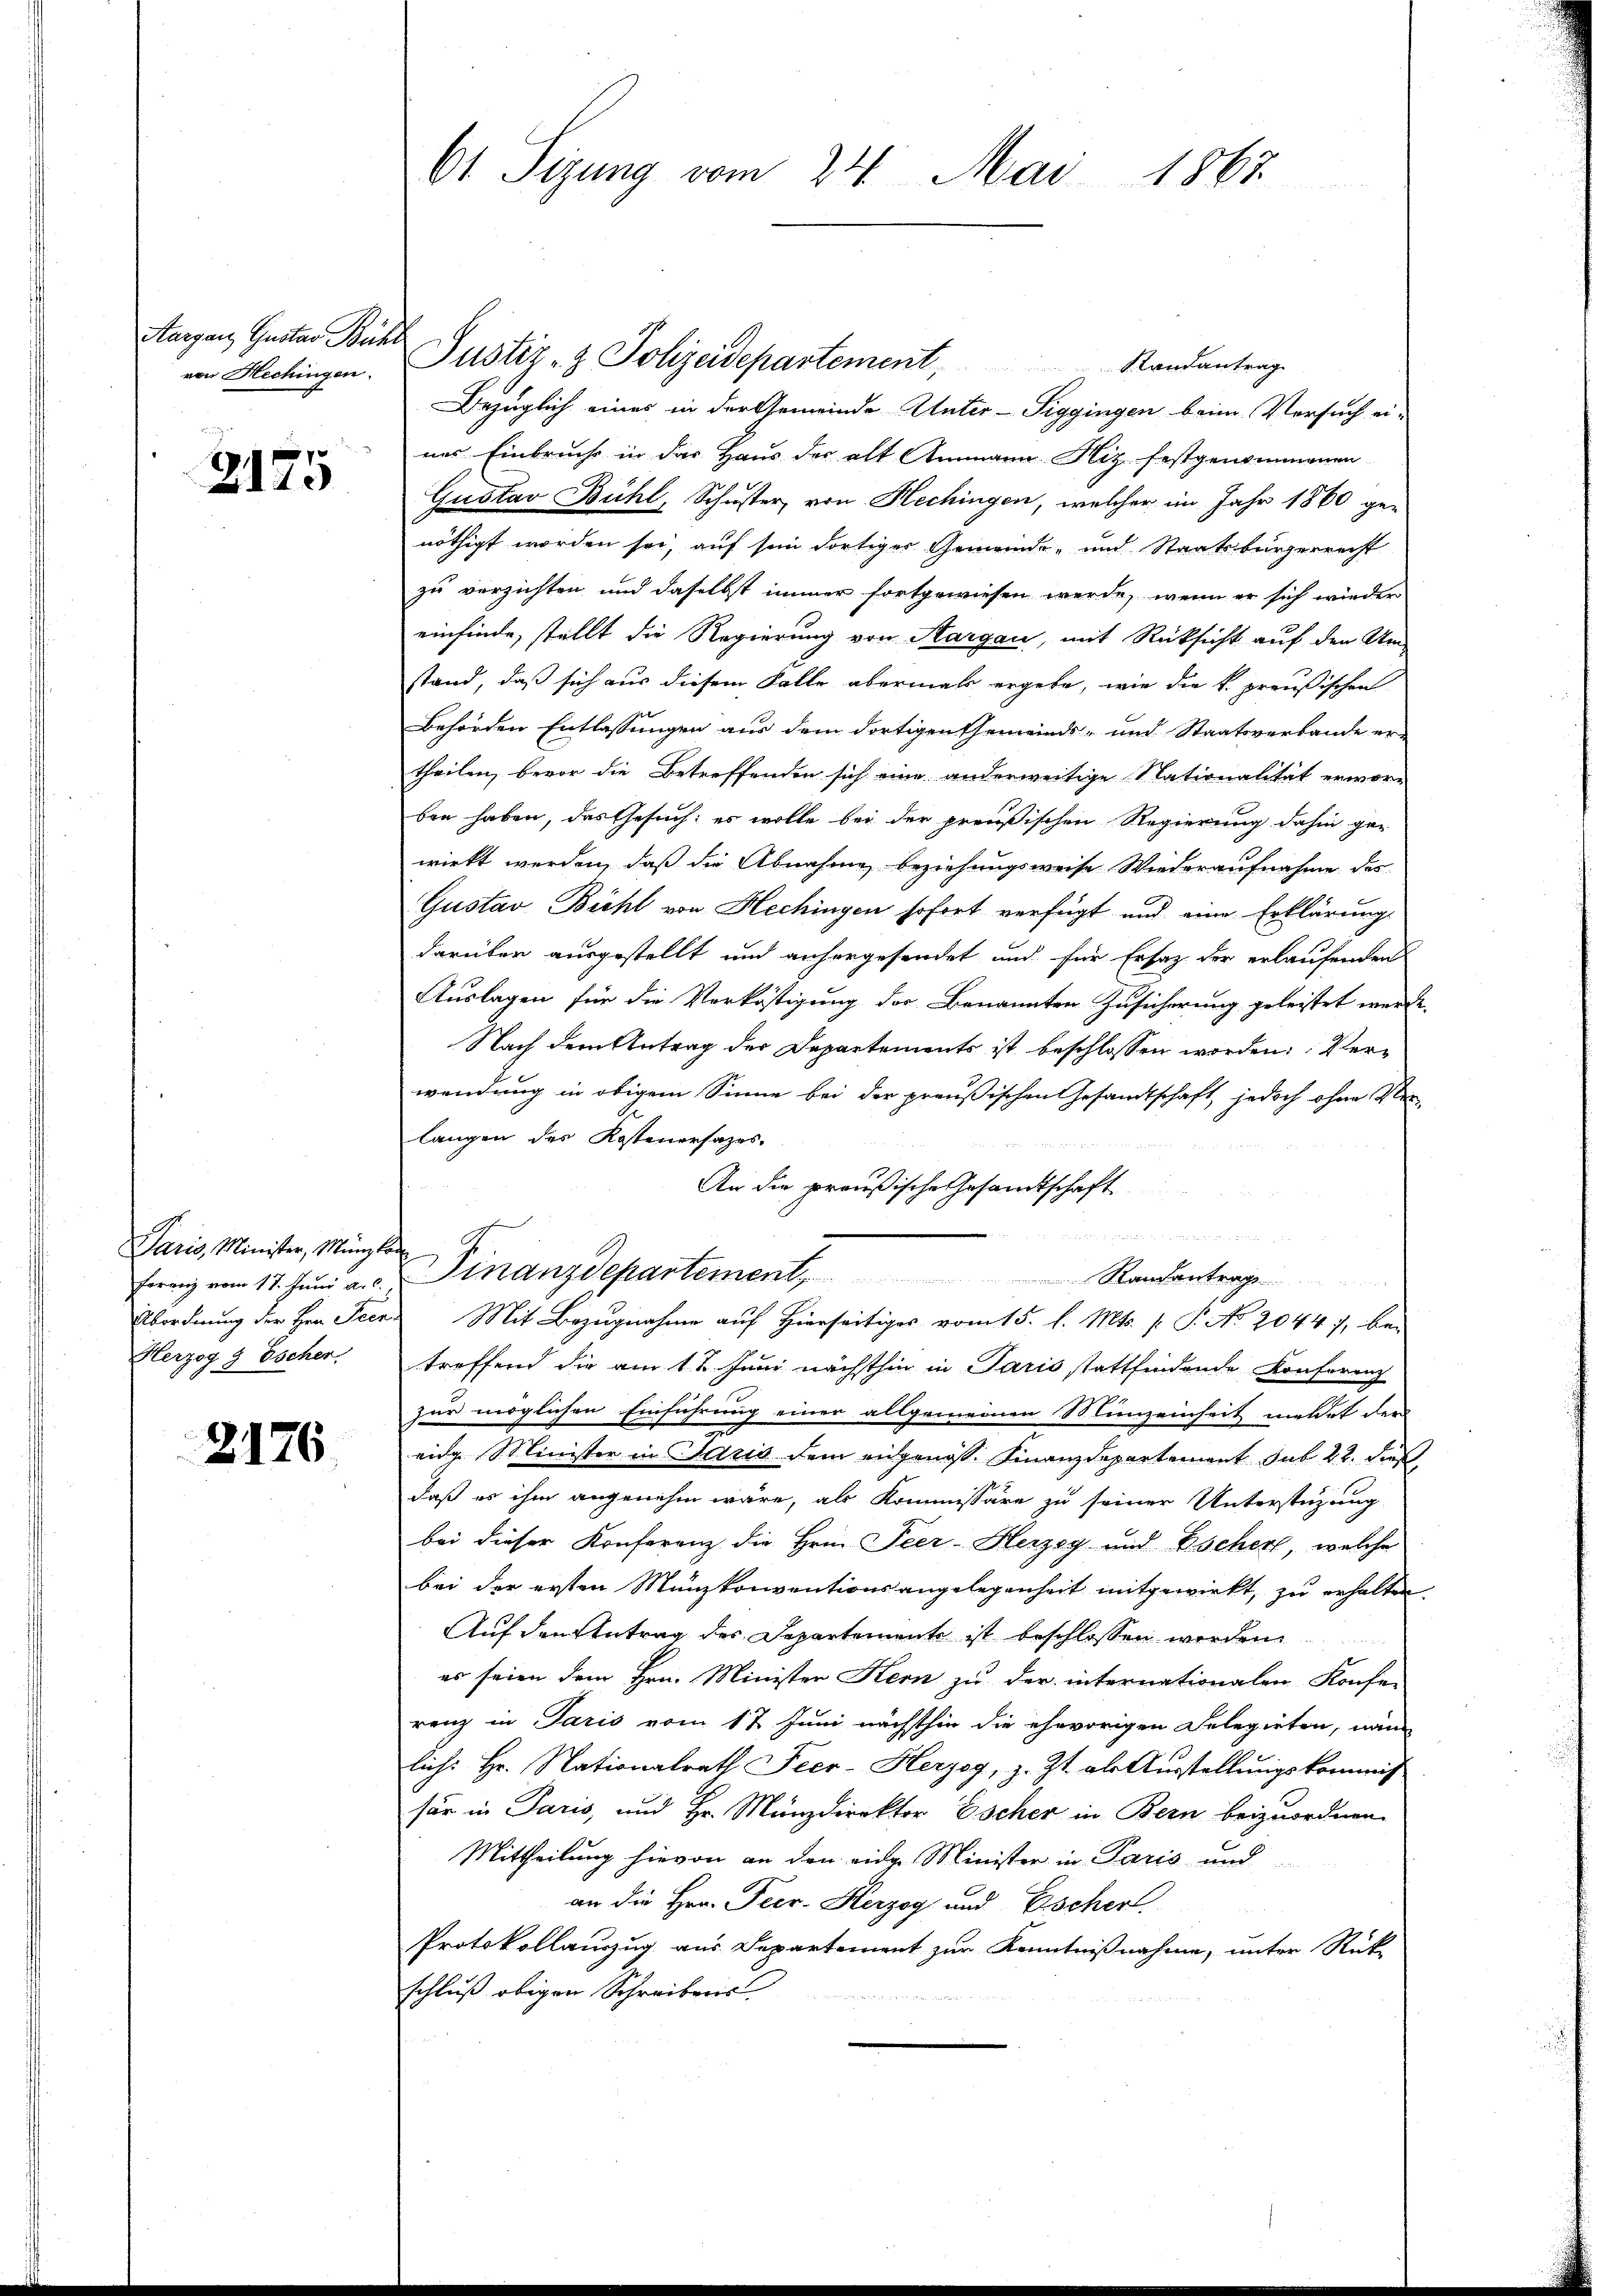
Aargau, Gustav Bech
von Hechingen.

2175

Paris, Minister, Münzt
ferenz vom 17. Juni a. c.
Abordnung der Hrn. Peer
Herzog 9 Escher

2176.

61 Sizung vom 24. Mai 1867

d
Justiz- & Polizeidepartement, Randantrag
Bezüglich eines in der Gemeinde Unter-Siggingen beim Versuch ei-
nes Einbruche in das Haus der alt Ammann. Hiz festgenommenen
Gustav Bühl, Schuster, von Hechingen, welcher im Jahr 1860 ge-
nöthigt worden sei, auf sein dortiger Gemeinde- und Staatsbürgerrecht
zu verzichten und daselbst immer fortgewiesen werde, wenn er sich wieder
einfinde, stellt die Regierung von Aargau, mit Rücksicht auf den Um-
stand, daß sich aus diesem Falle abermals ergebe, wie die k. preußischen
behörden Entlassungen aus dem dortigen Gemeinds- und Staatsverbande ertheilen, bevor die Betreffenden sich eine anderweitige Nationalität erwor-
ben haben, das Gesuch: es wolle bei der preußischen Regierung dahin ge-
wirkt werden, daß die Abnahme beziehungsweise Wiederaufnahme des
Gustav Bicht von Hechingen sofort verfügt und eine Erklärung
darüber ausgestellt und anhergesendet und für Ersatz der erlaufenden
Auslagen für die Verköstigung der Benannten Zusicherung geleistet werde.
Nach dem Antrag der Departements ist beschlossen worden: Verwendung in obigem Sinne bei der preußischen Gesandtschaft, jedoch ohne Ver-
langen des Kostenersazes.
An die preußische Gesandtschaft

f
Finanzdepartement, Randantrags
 Mit Bezugnahme auf Hierseitiges vom 15. d. Mts. (T. No. 2044), be-
treffend die am 1t Juni nächsthin in Paris stattfindende Konferenz
zur möglichen Einführung einer allgemeinen Munzeinheit meldet der
e
eide Minister in Paris dem angenoss. Finanzdepartement sub 22. dieß
daß es ihm angenehm wäre, als Kommissäre zu seiner Unterstüzung
bei dieser Konferenz die Hrn. Peer-Herzog und Eschert, welche
bei der ersten Münzkonventionsangelegenheit mitgewirkt, zu erhalten.
Auf den Antrag des Departemente ist beschlossen werden
es seien dem Hrn. Minister Kern zu der internationalen Konfer
renz in Paris vom 17. Juni nächsthin die ehevorigen Delegirten, nam
Eich: Hr. Nationalrath Peer-Herzog, z. Zt. als Ausstellungskommis
sar in Paris, und Hr. Münzdirektor Escher in Bern beizuordnen.
Mittheilung hievon an den eidge Minister in Paris und
an die Hrn. Peer- Herzog und Escher
Protokollanzzug aus Departement zur Kenntnißnahme, unter Rück-
schluß obigen Schreibens